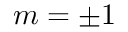
m = \pm 1